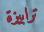
ترابيزة